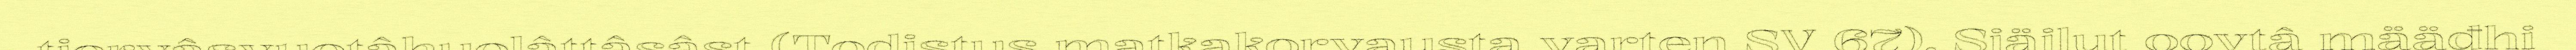
tiervâsvuotâhuolâttâsâst (Todistus matkakorvausta varten SV 67). Siäilut oovtâ määđhi